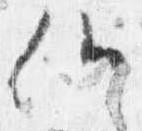
候